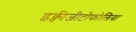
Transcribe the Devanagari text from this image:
इक्वीजीटोफोलिया